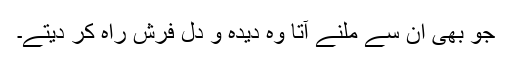
جو بھی ان سے ملنے آتا وہ دیدہ و دل فرش راہ کر دیتے۔